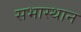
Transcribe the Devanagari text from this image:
सभास्थान